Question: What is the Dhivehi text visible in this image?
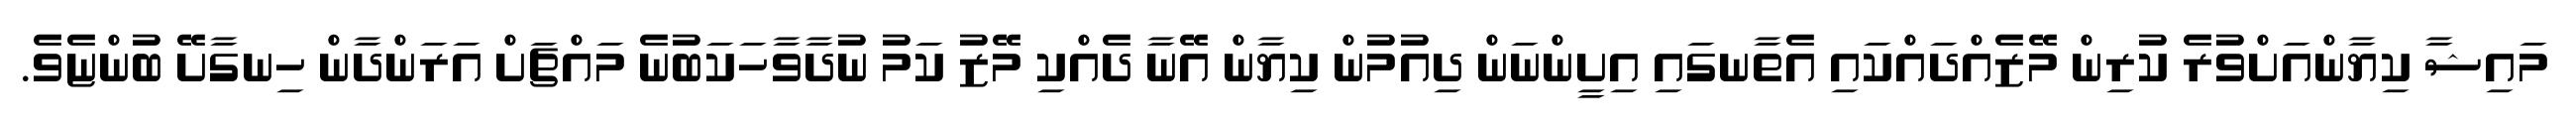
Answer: މައިޝާ ކިޔާންއަށްވުރެ ކުރިން މޭޒެއްދައްކައި އެތާނގައި އިށީންނަން ދިއުމުން ކިޔާން އޭނާ ދެއްކި މޭޒު ކަމު ނުދާވާހަކަބުނެ މައްޗަށް އަރަންދާން ހިނގާށޭ ބުންޏެވެ.